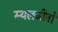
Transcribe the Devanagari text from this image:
स्थलजीवों